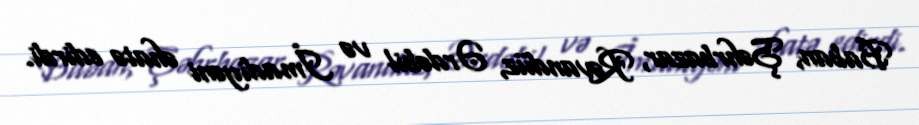
Baban, Şəhrbazar, Rəvandüz, Ərdəbil və İmadiyəni əhatə edirdi.